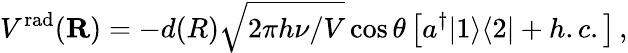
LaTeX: V^{\mathrm{rad}}({\mathbf R})=-d(R)\sqrt{2\pi h\nu/V}\cos\theta\left[a^{\dagger}|1\rangle\langle 2|+h.c.\right]\, ,